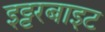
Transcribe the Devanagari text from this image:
इट्टरबाइट